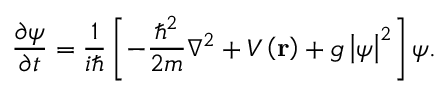
\frac { \partial \psi } { \partial t } = \frac { 1 } { i \hbar } \left[ - \frac { \hbar ^ { 2 } } { 2 m } \nabla ^ { 2 } + V \left( \mathbf { r } \right) + g \left| \psi \right| ^ { 2 } \right] \psi .